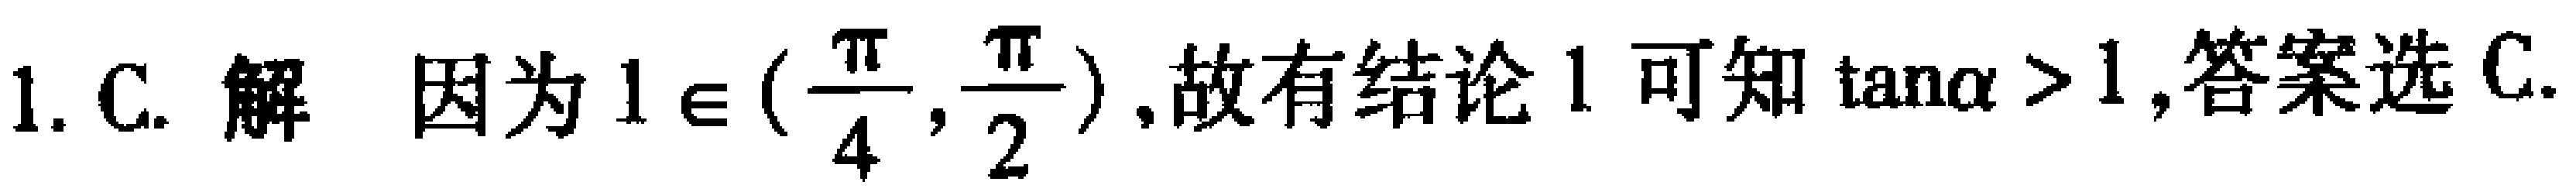
1. C. 解 因为\(1\in(\frac{\pi}{4},\frac{\pi}{2})\),故有结论 1 可知\(\tan\alpha > 1\),答案选 C.